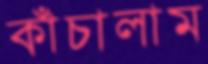
কাঁচালাম